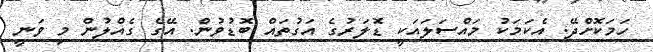
ހަމަކޮށްދޭ. އެކަމަކު މައްސަލައަކީ ޑޮލަރުގެ އަގުތައް ބޮޑުވުން. އޭގެ ގެއްލުންް މި ވަނީ